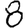
Digit: 8